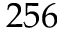
2 5 6